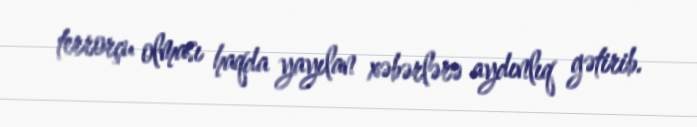
terrorçu olması haqda yayılan xəbərlərə aydınlıq gətirib.